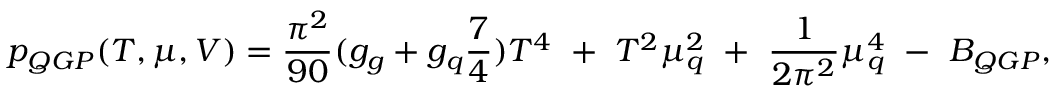
p _ { Q G P } ( T , \mu , V ) = \frac { \pi ^ { 2 } } { 9 0 } ( g _ { g } + g _ { q } \frac { 7 } { 4 } ) T ^ { 4 } ~ + ~ T ^ { 2 } \mu _ { q } ^ { 2 } ~ + ~ \frac { 1 } { 2 \pi ^ { 2 } } \mu _ { q } ^ { 4 } ~ - ~ B _ { Q G P } ,